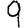
Digit: 9